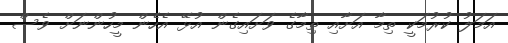
އަމަލު ކުރުމަކީ ތިމާ އަށާއި ތިމާގެ ވަށައިގެން އުޅޭ އެހެން މީހުންނަށް ވެސް